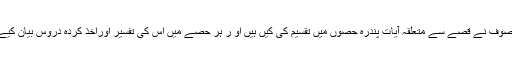
مصنف موصوف نے قصے سے متعلقہ آیات پندرہ حصوں میں تقسیم کی کیں ہیں او ر ہر حصے میں اس کی تفسیر اوراخذ کردہ دروس بیان کیے گئے ہیں۔